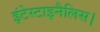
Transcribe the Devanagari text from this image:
इंटेस्टाइनैलिस।